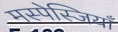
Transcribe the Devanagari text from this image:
मस्पेस्जियाँ